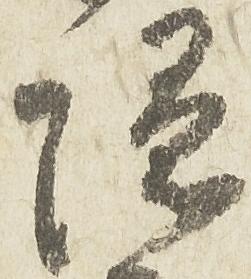
隠